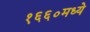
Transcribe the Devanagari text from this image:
१६६०मध्ये